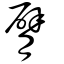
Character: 臂